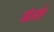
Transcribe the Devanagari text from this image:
आंअले